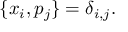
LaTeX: \{ x _ { i } , p _ { j } \} = \delta _ { i , j } .